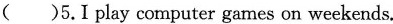
( )5.I play computer games on weekends.